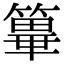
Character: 𥴂